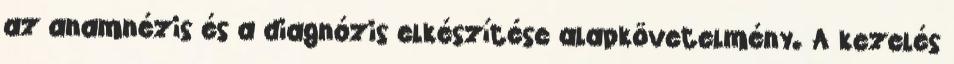
az anamnézis és a diagnózis elkészítése alapkövetelmény. A kezelés